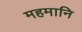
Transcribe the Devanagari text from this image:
महमानि